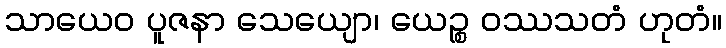
သာယေဝ ပူဇနာ သေယျော၊ ယေဉ္စ ဝဿသတံ ဟုတံ။